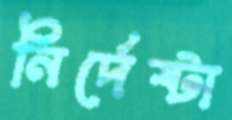
নির্দেষ্টা